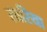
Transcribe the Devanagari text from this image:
सारिया